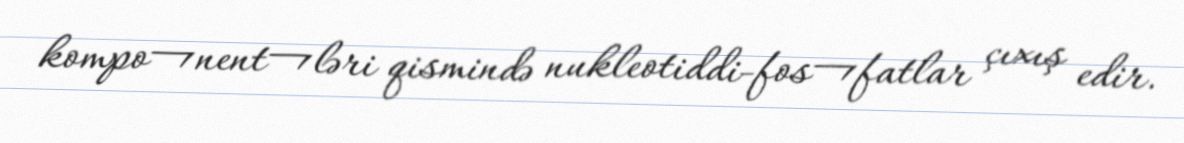
kompo¬nent¬ləri qismində nukleotiddi-fos¬fatlar çıxış edir.